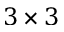
3 \times 3